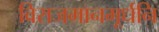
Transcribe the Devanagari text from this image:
विराजमानमूर्धनि